Vaccine operations Central Provinces 1886-1899 - 1886-1899
Year: 1886
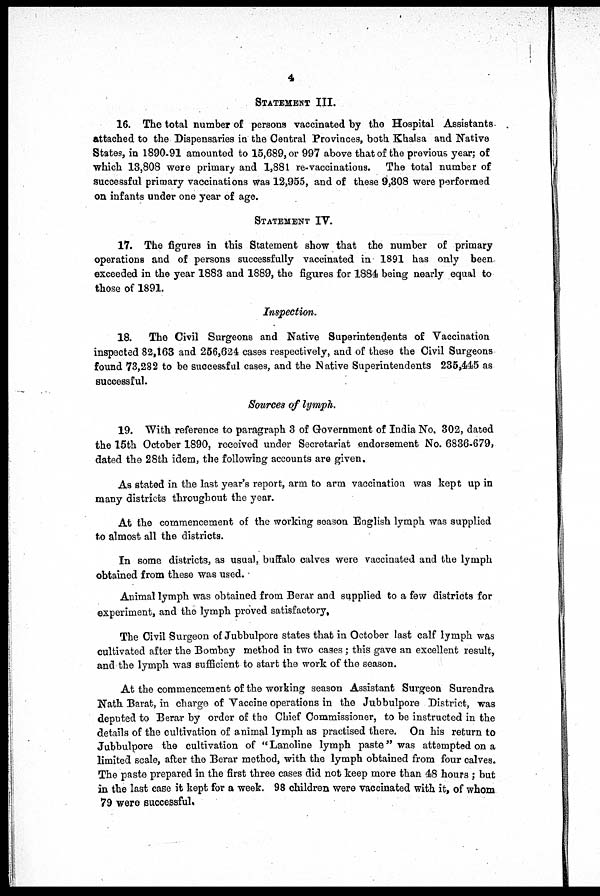
4
STATEMENT III.
16. The total number of persons vaccinated by the Hospital Assistants-
attached to the Dispensaries in the Central Provinces, both Khalsa and Native
States, in 1890-91 amounted to 15,689, or 997 above that of the previous year; of
which 13,808 were primary and 1,881 re-vaccinations. The total number of
successful primary vaccinations was 12,955, and of these 9,308 were performed
on infants under one year of age.
STATEMENT IV.
17. The figures in this Statement show that the number of primary
operations and of persons successfully vaccinated in 1891 has only been,
exceeded in the year 1883 and 1889, the figures for 1884 being nearly equal to
those of 1891.
Inspection.
18.
The Civil Surgeons and Native Superintendents of Vaccination
inspected 82,163 and 256,624 cases respectively, and of these the Civil Surgeons
found 73,282 to be successful cases, and the Native Superintendents 235,445 as
successful.
Sources of lymph.
19. With reference to paragraph 3 of Government of India No. 302, dated
the 15th October 1890, received under Secretariat endorsement No. 6836-679,
dated the 28th idem, the following accounts are given.
As stated in the last year's report, arm to arm vaccination was kept up in
many districts throughout the year.
At the commencement of the working season English lymph was supplied
to almost all the districts.
In some districts, as usual, buffalo calves were vaccinated and the lymph
obtained from these was used.
Animal lymph was obtained from Berar and supplied to a few districts for
experiment, and the lymph proved satisfactory.
The Civil Surgeon of Jubbulpore states that in October last calf lymph was
cultivated after the Bombay method in two cases; this gave an excellent result,
and the lymph was sufficient to start the work of the season.
At the commencement of the working season Assistant Surgeon Surendra
Nath Barat, in charge of Vaccine operations in the Jubbulpore District, was
deputed to Berar by order of the Chief Commissioner, to be instructed in the
details of the cultivation of animal lymph as practised there. On his return to
Jubbulpore the cultivation of "Lanoline lymph paste" was attempted on a
limited scale, after the Berar method, with the lymph obtained from four calves.
The paste prepared in the first three cases did not keep more than 48 hours ; but
in the last case it kept for a week. 98 children were vaccinated with it, of whom
79 were successful.